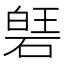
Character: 𮀱